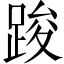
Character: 踆